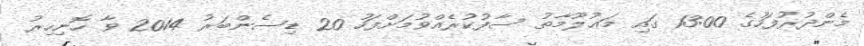
މެންދުރުފަހުގެ 13:00 ގައި މަޢުލޫމާތު ސާފުކުރެއްވުމަށްފަހު 20 ޑިސެންބަރު 2014 ވާ ހޮނިހިރު